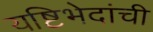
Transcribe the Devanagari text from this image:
यष्टिभेदांची